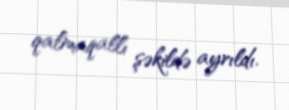
qalmaqallı şəkildə ayrıldı.